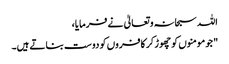
اللہ سبحانہ و تعالیٰ نے فرمایا،
" جو مومنوں کو چھوڑ کر کافروں کو دوست بناتے ہیں۔